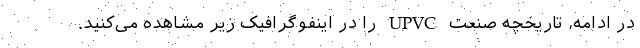
در ادامه، تاریخچه صنعت UPVC را در اینفوگرافیک زیر مشاهده می‌کنید.